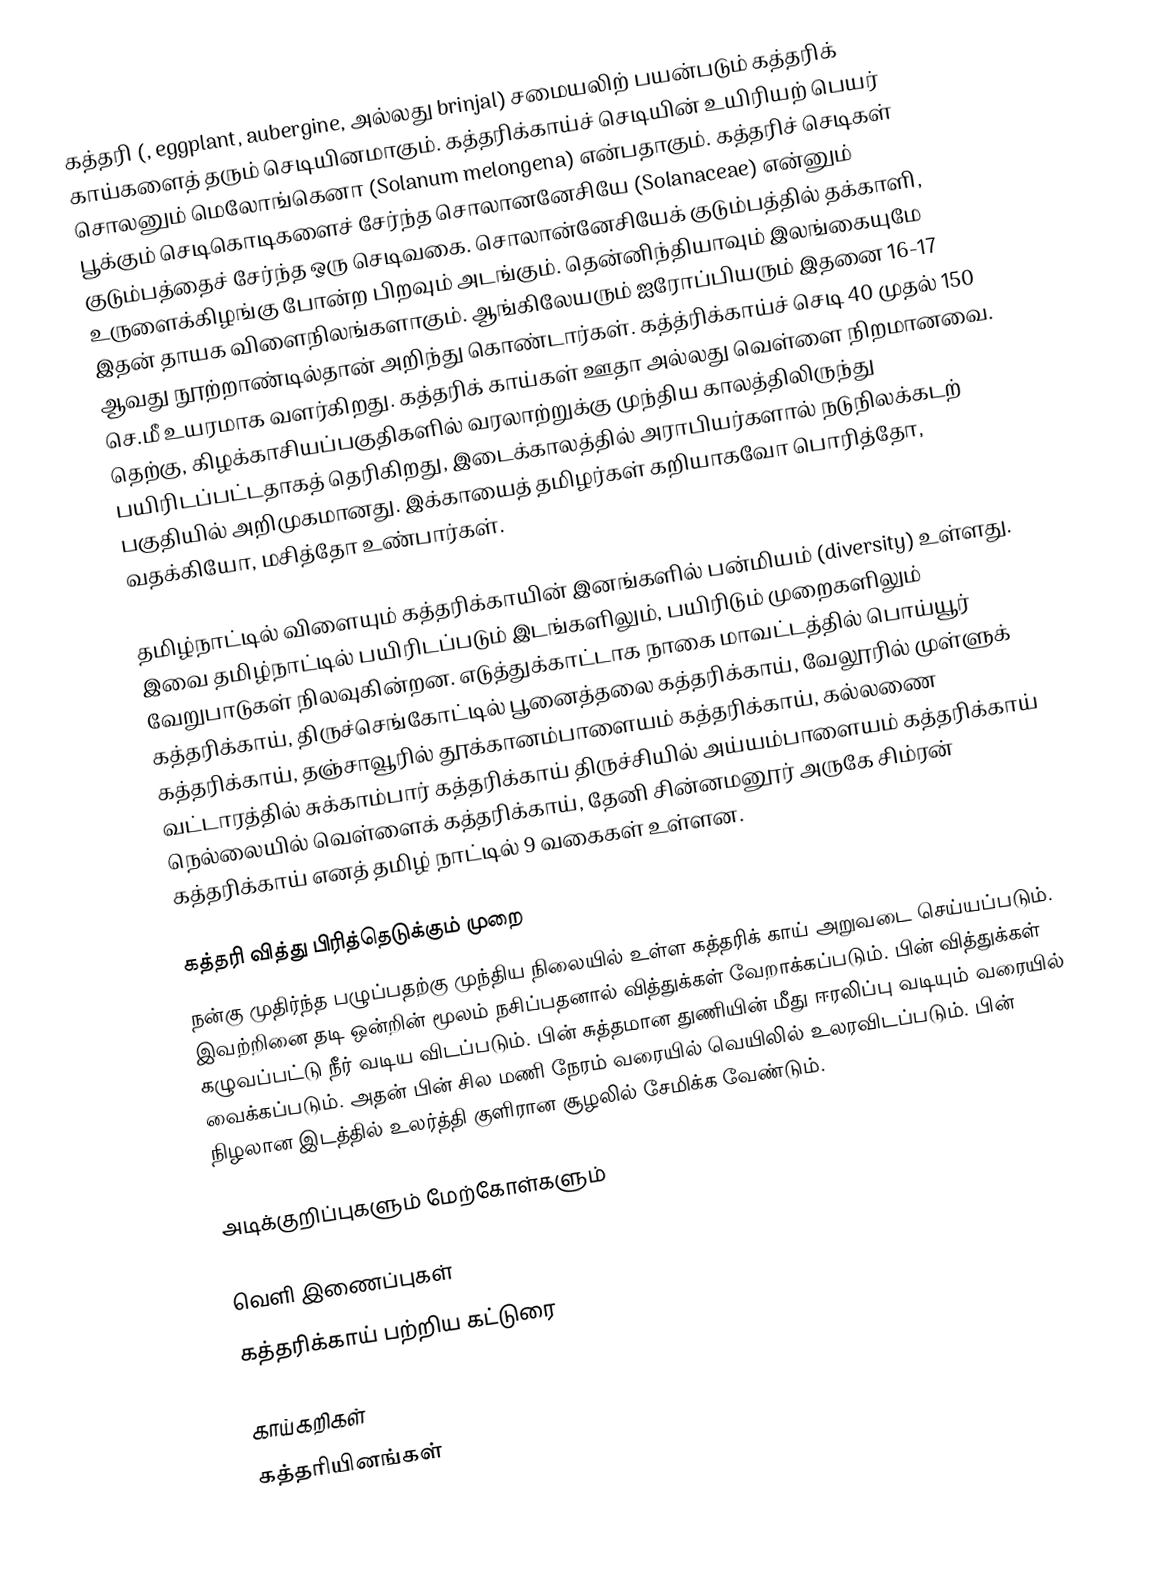
கத்தரி (, eggplant, aubergine, அல்லது brinjal) சமையலிற் பயன்படும் கத்தரிக் காய்களைத் தரும் செடியினமாகும். கத்தரிக்காய்ச் செடியின் உயிரியற் பெயர் சொலனும் மெலோங்கெனா (Solanum melongena) என்பதாகும். கத்தரிச் செடிகள் பூக்கும் செடிகொடிகளைச் சேர்ந்த சொலானனேசியே (Solanaceae) என்னும் குடும்பத்தைச் சேர்ந்த ஒரு செடிவகை. சொலான்னேசியேக் குடும்பத்தில் தக்காளி, உருளைக்கிழங்கு போன்ற பிறவும் அடங்கும்.  தென்னிந்தியாவும் இலங்கையுமே இதன் தாயக விளைநிலங்களாகும். ஆங்கிலேயரும் ஐரோப்பியரும் இதனை 16-17 ஆவது நூற்றாண்டில்தான் அறிந்து கொண்டார்கள். கத்த்ரிக்காய்ச் செடி 40 முதல் 150 செ.மீ உயரமாக வளர்கிறது. கத்தரிக் காய்கள் ஊதா அல்லது வெள்ளை நிறமானவை. தெற்கு, கிழக்காசியப்பகுதிகளில் வரலாற்றுக்கு முந்திய காலத்திலிருந்து பயிரிடப்பட்டதாகத் தெரிகிறது, இடைக்காலத்தில் அராபியர்களால் நடுநிலக்கடற் பகுதியில் அறிமுகமானது. இக்காயைத் தமிழர்கள் கறியாகவோ பொரித்தோ, வதக்கியோ, மசித்தோ உண்பார்கள்.

தமிழ்நாட்டில் விளையும் கத்தரிக்காயின் இனங்களில் பன்மியம் (diversity) உள்ளது. இவை தமிழ்நாட்டில் பயிரிடப்படும் இடங்களிலும், பயிரிடும் முறைகளிலும் வேறுபாடுகள் நிலவுகின்றன. எடுத்துக்காட்டாக நாகை மாவட்டத்தில் பொய்யூர் கத்தரிக்காய், திருச்செங்கோட்டில் பூனைத்தலை கத்தரிக்காய், வேலூரில் முள்ளுக் கத்தரிக்காய், தஞ்சாவூரில் தூக்கானம்பாளையம் கத்தரிக்காய், கல்லணை வட்டாரத்தில் சுக்காம்பார் கத்தரிக்காய் திருச்சியில் அய்யம்பாளையம் கத்தரிக்காய் நெல்லையில் வெள்ளைக் கத்தரிக்காய், தேனி சின்னமனூர் அருகே சிம்ரன் கத்தரிக்காய் எனத் தமிழ் நாட்டில் 9 வகைகள் உள்ளன.

கத்தரி வித்து பிரித்தெடுக்கும் முறை
நன்கு முதிர்ந்த பழுப்பதற்கு முந்திய நிலையில் உள்ள கத்தரிக் காய் அறுவடை செய்யப்படும். இவற்றினை தடி ஒன்றின் மூலம் நசிப்பதனால் வித்துக்கள் வேறாக்கப்படும். பின் வித்துக்கள் கழுவப்பட்டு நீர் வடிய விடப்படும். பின் சுத்தமான துணியின் மீது ஈரலிப்பு வடியும் வரையில் வைக்கப்படும். அதன் பின் சில மணி நேரம் வரையில் வெயிலில் உலரவிடப்படும். பின் நிழலான இடத்தில் உலர்த்தி குளிரான சூழலில் சேமிக்க வேண்டும்.

அடிக்குறிப்புகளும் மேற்கோள்களும்

வெளி இணைப்புகள்
 கத்தரிக்காய் பற்றிய கட்டுரை

காய்கறிகள்
கத்தரியினங்கள்